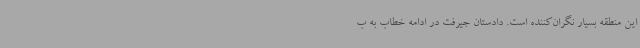
این منطقه بسیار نگران‌کننده است. دادستان جیرفت در ادامه خطاب به ب